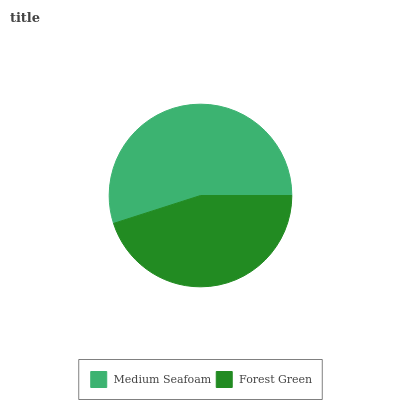
| Medium Seafoam | Forest Green |
 | --- | --- |
 | 54.9% | 45.1% |